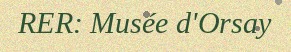
RER: Musée d'Orsay